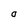
Character: O